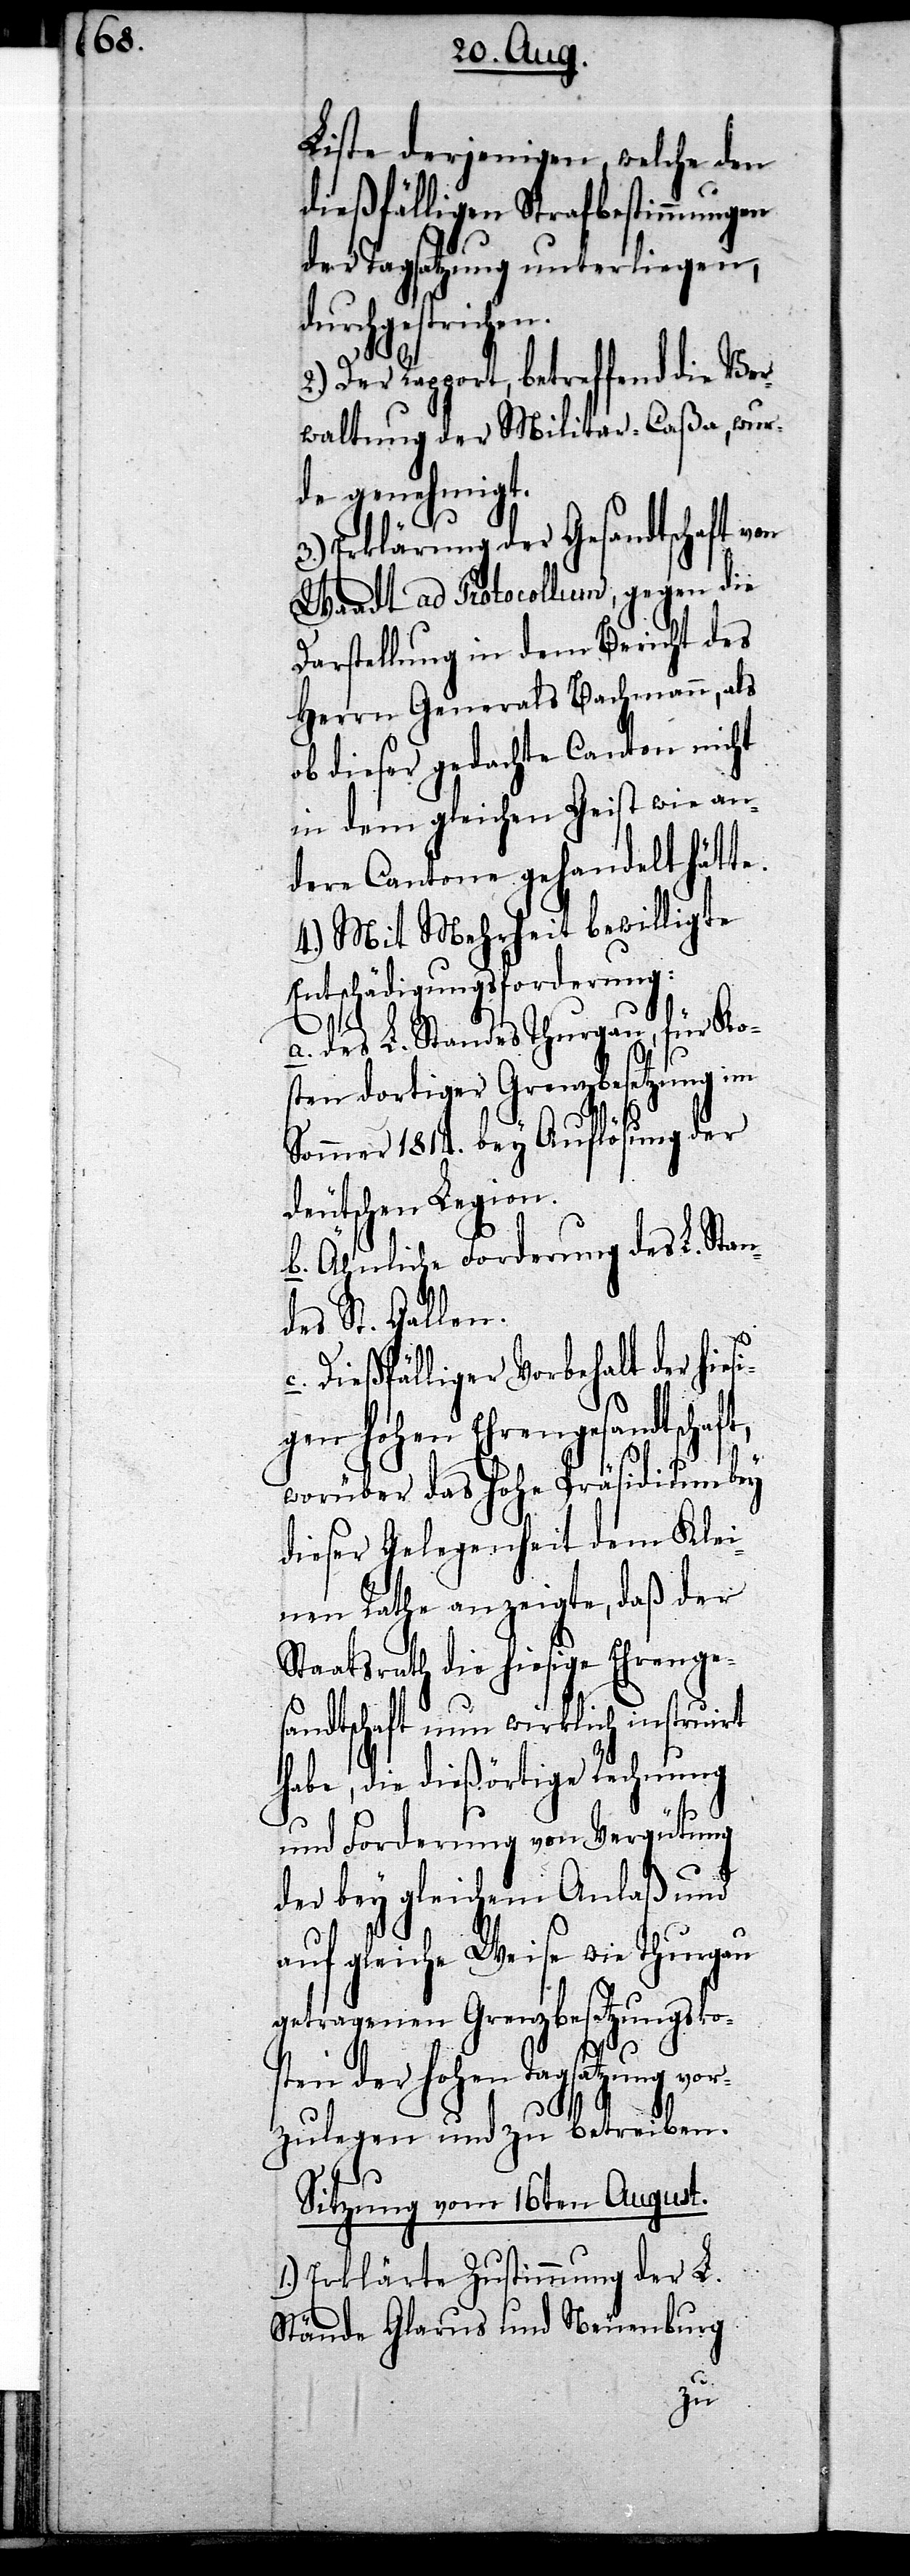
Liste derjenigen, welche den
dießfälligen Strafbestimmungen
der Tagsatzung unterliegen,
urchgestrichen.
Der Rapport, betreffend die Ver¬
waltung der Militar-Caßa, wur¬
de genehmigt.
3.) Erklärung der Gesandtschaft
Waadt ad Protocollum, gegen die
Darstellung in dem Bericht des
Herrn Generals Bachmann, als
ob dieser gedachte Canton nicht
in dem gleichen Geist wie an¬
dere Cantone gehandelt hätte.
4.) Mit Mehrheit bewilligte
Entschädigungsforderung:
a. des L. Standes Thurgau, für Ko¬
sten dortiger Grenzbesetzung
Sommer 1814. bey Auflösung der
deutschen Legion.
b. Ähnliche Forderung des L. Stan¬
vor¬
des St. Gallen.
Dießfälliger Vorbehalt der hies¬
igen hohen Ehrengesandtschaft,
worüber das hohe Präsidium bey
dieser Gelegenheit dem Klei¬
nen Rathe anzeigte, daß der
Staatsrath die hiesige Ehrenge¬
sandtschaft nun wirklich instruirt
habe, die dießörtige Rechnung
und Forderung von Vergütung
der bey gleichem Anlaß und
auf gleiche Weise wie Thurgau
getragenen Grenzbesetzungsko¬
c.
sten der hohen Tagsatzung
zulegen und zu betreiben.
Sitzung vom 16ten August.
1. Erklärte Zustimmung der L.
Stände Glarus und Neuenburg